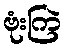
ဗုံးကြဲ